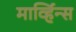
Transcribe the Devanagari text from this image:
मार्व्हिन्स